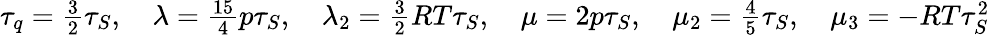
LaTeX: \begin{array}{r}{\tau_{q}=\frac{3}{2}\tau_{S},\quad\lambda=\frac{15}{4}p\tau_{S},\quad\lambda_{2}=\frac{3}{2}RT\tau_{S},\quad\mu=2p\tau_{S},\quad\mu_{2}=\frac{4}{5}\tau_{S},\quad\mu_{3}=-RT\tau_{S}^{2}}\end{array}